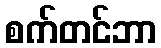
စက်တင်ဘာ